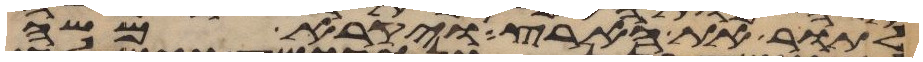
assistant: לתור את הארץ ויקרא משה